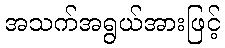
အသက်အရွယ်အားဖြင့်